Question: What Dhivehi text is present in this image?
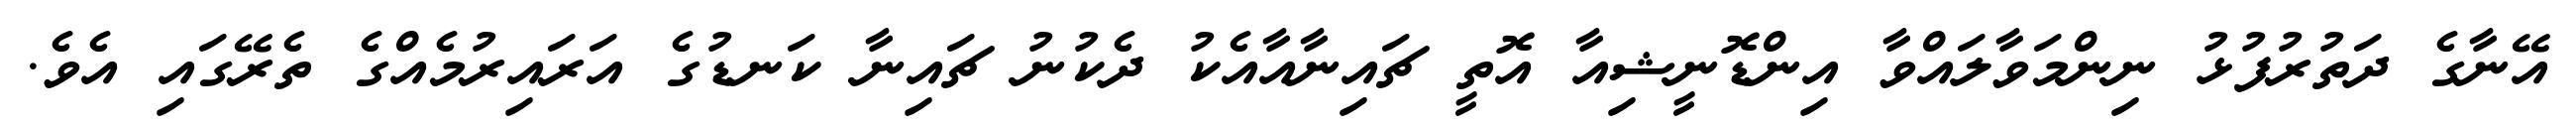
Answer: އޭނާގެ ދަތުރުފުޅު ނިންމަވާލައްވާ އިންޑޮނީޝިއާ އޮތީ ޗައިނާއާއެކު ދެކުނު ޗައިނާ ކަނޑުގެ އަރައިރުމެއްގެ ތެރޭގައި އެވެ.